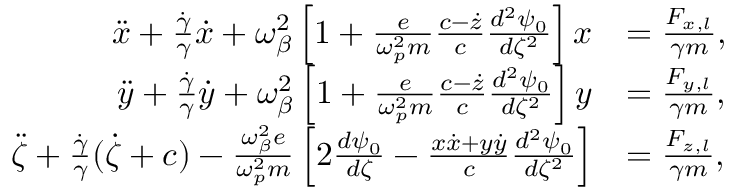
\begin{array} { r l } { \ddot { x } + \frac { \dot { \gamma } } { \gamma } \dot { x } + \omega _ { \beta } ^ { 2 } \left[ 1 + \frac { e } { \omega _ { p } ^ { 2 } m } \frac { c - \dot { z } } { c } \frac { d ^ { 2 } \psi _ { 0 } } { d \zeta ^ { 2 } } \right] x } & { = \frac { F _ { x , l } } { \gamma m } , } \\ { \ddot { y } + \frac { \dot { \gamma } } { \gamma } \dot { y } + \omega _ { \beta } ^ { 2 } \left[ 1 + \frac { e } { \omega _ { p } ^ { 2 } m } \frac { c - \dot { z } } { c } \frac { d ^ { 2 } \psi _ { 0 } } { d \zeta ^ { 2 } } \right] y } & { = \frac { F _ { y , l } } { \gamma m } , } \\ { \ddot { \zeta } + \frac { \dot { \gamma } } { \gamma } ( \dot { \zeta } + c ) - \frac { \omega _ { \beta } ^ { 2 } e } { \omega _ { p } ^ { 2 } m } \left[ 2 \frac { d \psi _ { 0 } } { d \zeta } - \frac { x \dot { x } + y \dot { y } } { c } \frac { d ^ { 2 } \psi _ { 0 } } { d \zeta ^ { 2 } } \right] } & { = \frac { F _ { z , l } } { \gamma m } , } \end{array}